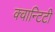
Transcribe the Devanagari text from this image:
क्वान्टिटी